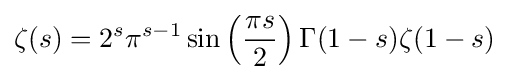
\zeta (s)=2^{s}\pi ^{s-1}\sin \left({\frac {\pi s}{2}}\right)\Gamma (1-s)\zeta (1-s)